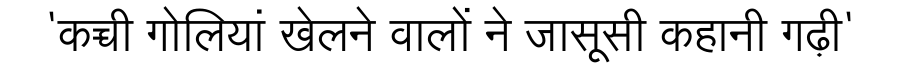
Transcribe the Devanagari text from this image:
'कच्ची गोलियां खेलने वालों ने जासूसी कहानी गढ़ी'